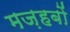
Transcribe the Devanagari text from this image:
मज़हबों